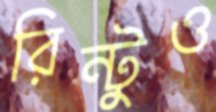
রিন্টুও